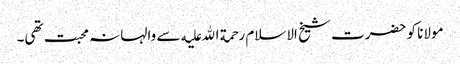
مولانا کو حضرت شیخ الاسلام رحمة الله علیه سے والہانہ محبت تھی۔